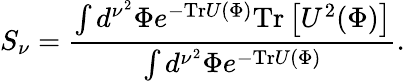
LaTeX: S_{\nu}={\frac{\int d^{\nu^{2}}\Phi e^{-\mathrm{Tr}U(\Phi)}\mathrm{Tr}\left[U^{2}(\Phi)\right]}{\int d^{\nu^{2}}\Phi e^{-\mathrm{Tr}U(\Phi)}}}.